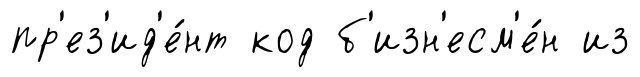
пр'ез'ид'е́нт код б'изн'есм'е́н из